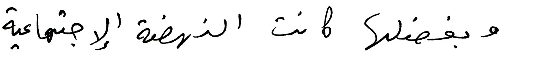
وبفضلها كانت النهضة الإجتماعية